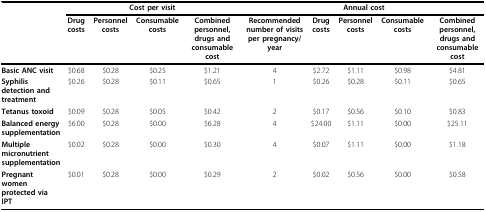
<table><thead><tr><td></td><td colspan="4"><b>Cost per visit</b></td><td colspan="5"><b>Annual cost</b></td></tr><tr><td></td><td><b>Drug costs</b></td><td><b>Personnel costs</b></td><td><b>Consumable costs</b></td><td><b>Combined personnel, drugs and consumable cost</b></td><td><b>Recommended number of visits per pregnancy/year</b></td><td><b>Drug costs</b></td><td><b>Personnel costs</b></td><td><b>Consumable costs</b></td><td><b>Combined personnel, drugs and consumable cost</b></td></tr></thead><tbody><tr><td><b>Basic ANC visit</b></td><td>$0.68</td><td>$0.28</td><td>$0.25</td><td>$1.21</td><td>4</td><td>$2.72</td><td>$1.11</td><td>$0.98</td><td>$4.81</td></tr><tr><td><b>Syphilis detection and treatment</b></td><td>$0.26</td><td>$0.28</td><td>$0.11</td><td>$0.65</td><td>1</td><td>$0.26</td><td>$0.28</td><td>$0.11</td><td>$0.65</td></tr><tr><td><b>Tetanus toxoid</b></td><td>$0.09</td><td>$0.28</td><td>$0.05</td><td>$0.42</td><td>2</td><td>$0.17</td><td>$0.56</td><td>$0.10</td><td>$0.83</td></tr><tr><td><b>Balanced energy supplementation</b></td><td>$6.00</td><td>$0.28</td><td>$0.00</td><td>$6.28</td><td>4</td><td>$24.00</td><td>$1.11</td><td>$0.00</td><td>$25.11</td></tr><tr><td><b>Multiple micronutrient supplementation</b></td><td>$0.02</td><td>$0.28</td><td>$0.00</td><td>$0.30</td><td>4</td><td>$0.07</td><td>$1.11</td><td>$0.00</td><td>$1.18</td></tr><tr><td><b>Pregnant women protected via IPT</b></td><td>$0.01</td><td>$0.28</td><td>$0.00</td><td>$0.29</td><td>2</td><td>$0.02</td><td>$0.56</td><td>$0.00</td><td>$0.58</td></tr></tbody></table>